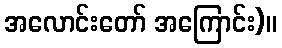
အလောင်းတော် အကြောင်း)။